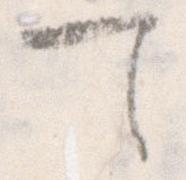
て